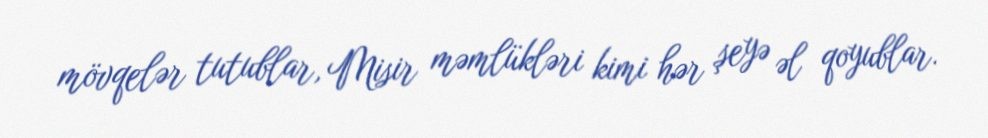
mövqelər tutublar, Misir məmlükləri kimi hər şeyə əl qoyublar.